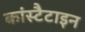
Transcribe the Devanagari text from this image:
कांस्टैटाइन